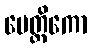
ပေတ္တိကော